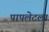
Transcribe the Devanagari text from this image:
पापलेटला